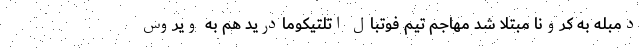
دمبله به کرونا مبتلا شد مهاجم تیم فوتبال اتلتیکومادرید هم به ویروس